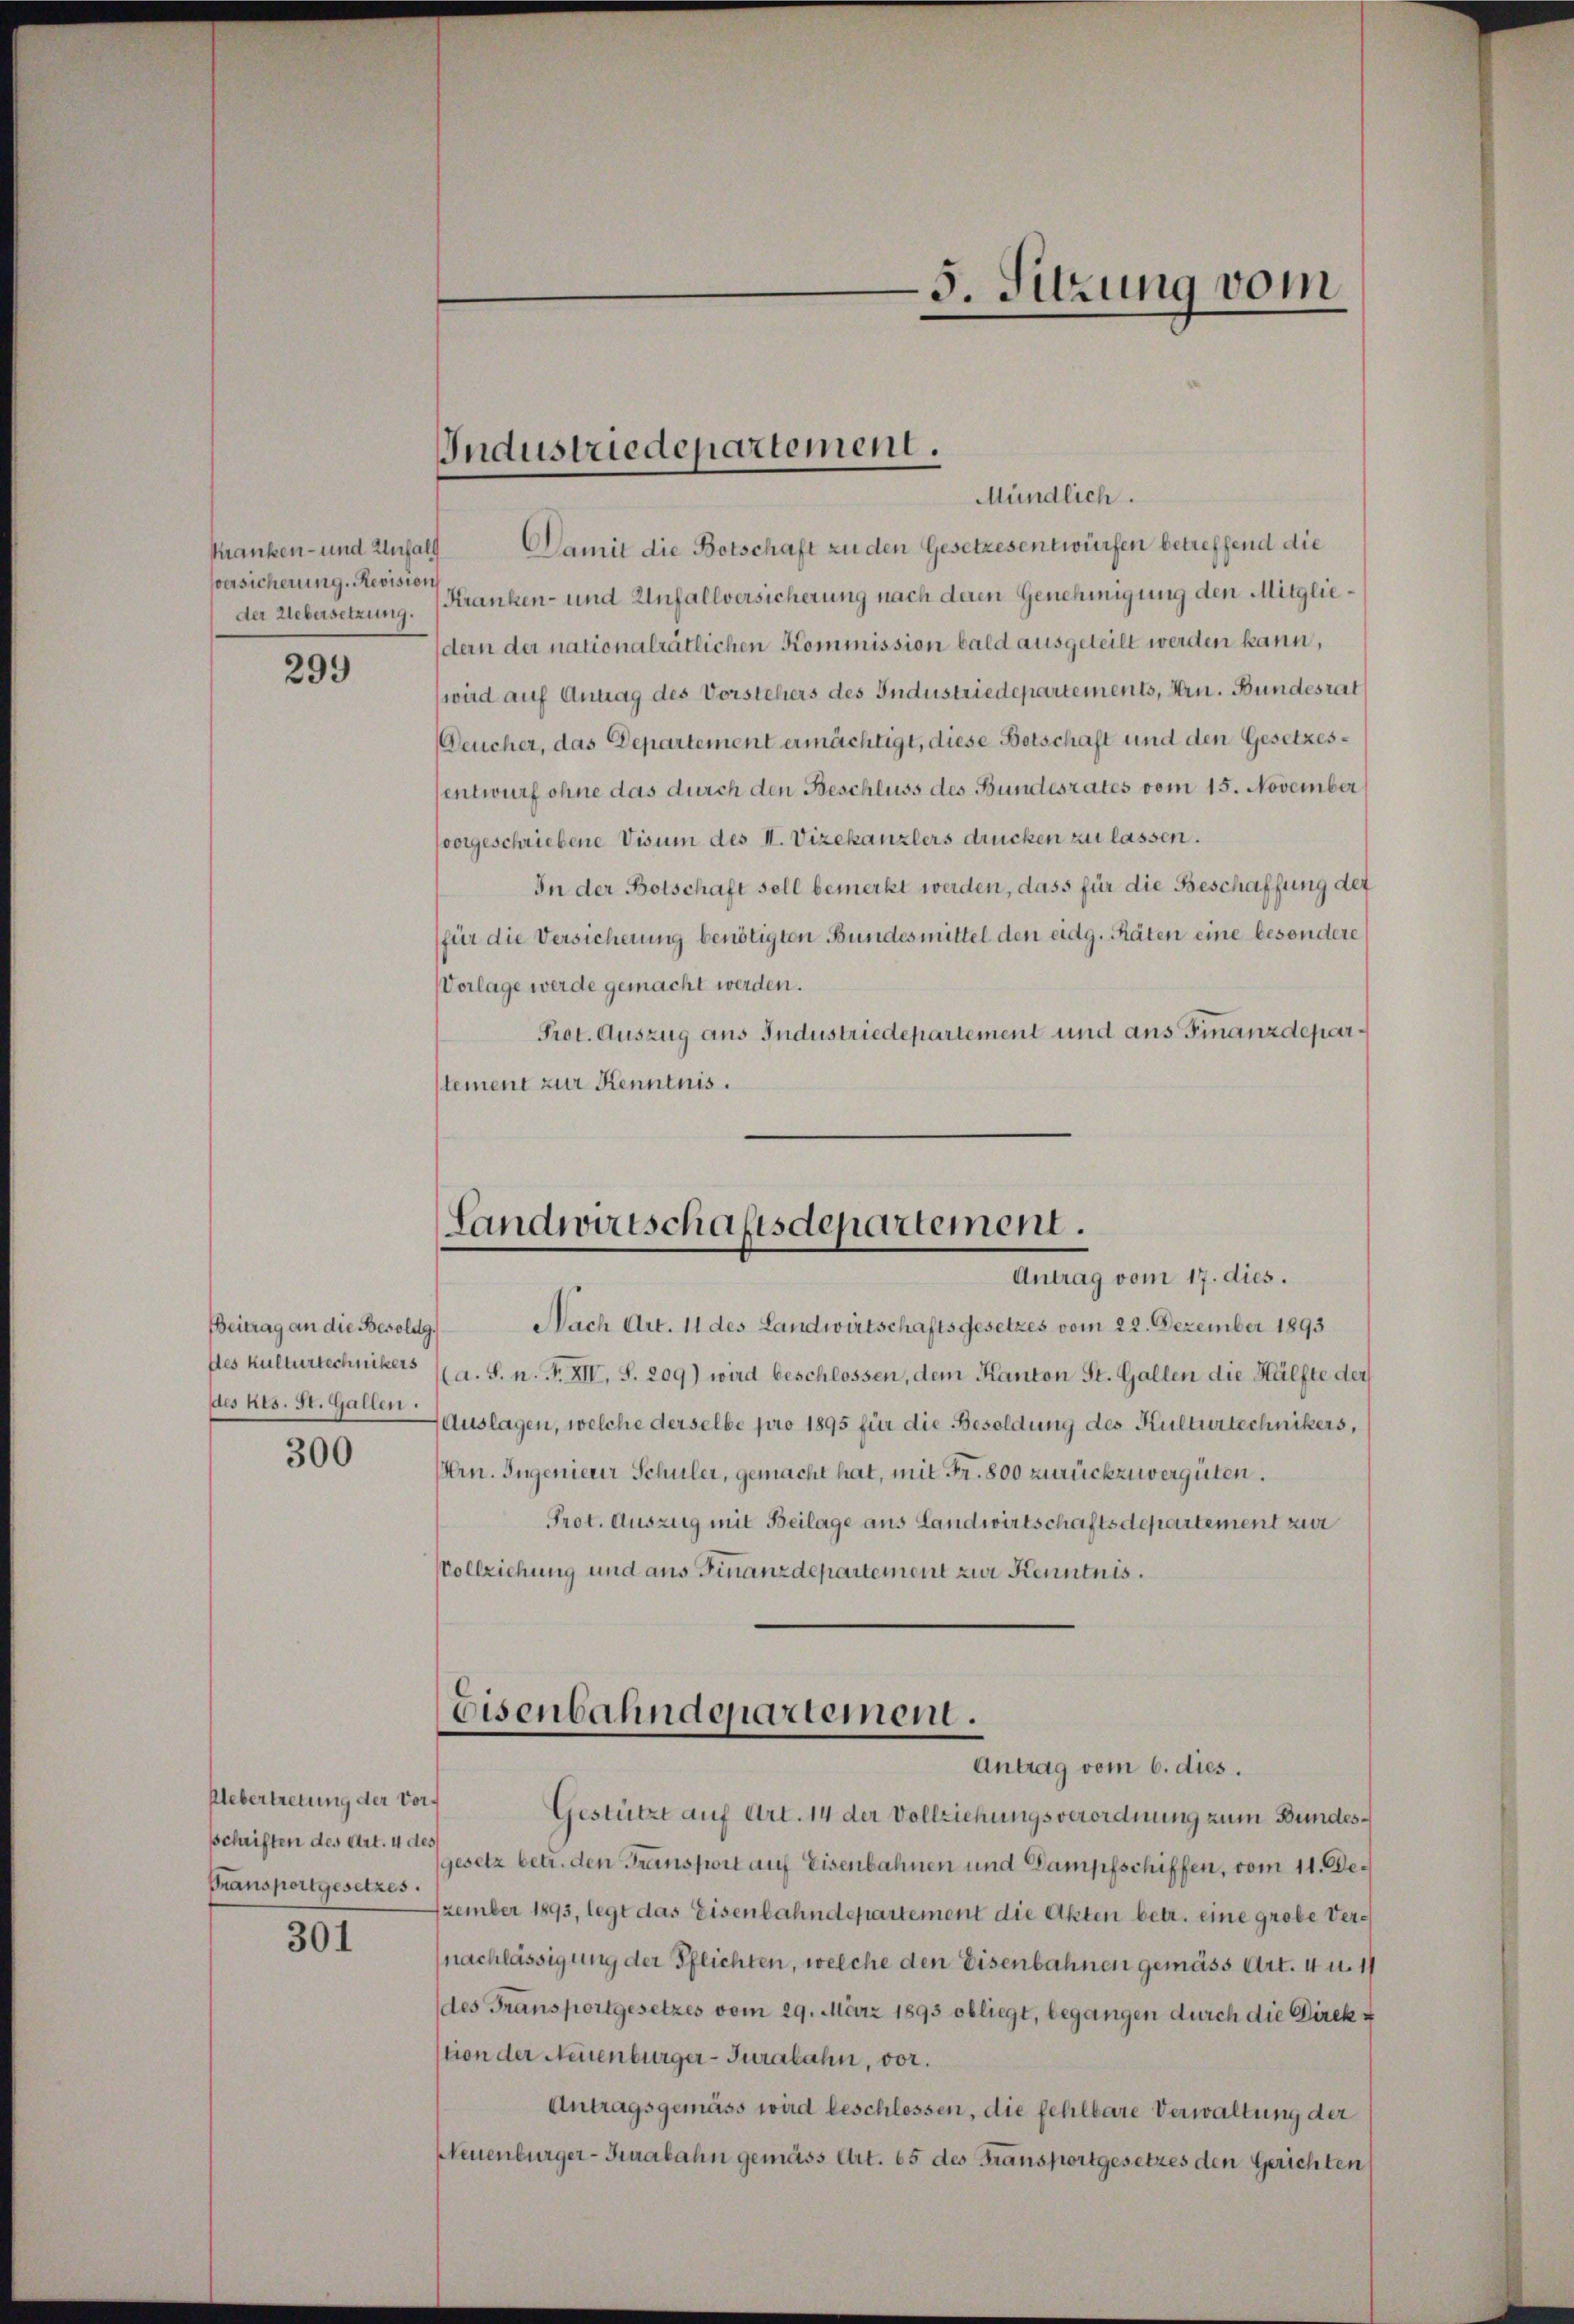
kranken- und Unfall
Versicherung. Revision

299

Beitrag an die Besoldg
des Kulturtechnikers
des Res. St. Gallen.

300

Uebertretung der Vorschriften des Art. 4 des
Transportgesetzes.

301

Damit die Botschaft zu den Gesetzesentwürfen betreffend die
der Uebersetzung. (Kranken- und Unfallversicherung nach deren Genehmigung den Mitgliedern der nationalrätlichen Kommission bald ausgeteilt werden kann,
(wird auf Antrag des Vorstehers des Industriedepartements, Hrn. Bundesrat
Deucher, das Departement ermächtigt, diese Betschaft und den Gesetzesentwurf ohne das durch den Beschluss des Bundesrates vom 15. November
svorgeschriebene Visum des II. Vizekanzlers drücken zu lassen.
In der Botschaft soll bemerkt werden, dass für die Beschaffung der
für die Versicherung benötigten Bundesmittel den eidg. Räten eine besondere
Vorlage werde gemacht werden.
Prot. Auszug aus Industriedepartement und aus Finanzdeparstement zur Kenntnis.

Industriedepartement.
“
Mündlich.

5. Sitzung vom

Landwirtschaftsdepartement.
Antrag vom 17. dies.

Nach Art. 11 des Landwirtschaftsgesetzes vom 22. Dezember 1893
(a. S. n. F. XIV, S. 209) wird beschlossen, dem Kanton St. Gallen die Hälfte der
Auslagen, welche derselbe pro 1895 für die Besoldung des Kulturtechnikers,
Arn. Ingenieur Schuler, gemacht hat, mit Fr. 800 zurückzuvergüten.
Prot. Auszug mit Beilage aus Landwirtschaftsdepartement zur
Vollziehung und aus Finanzdepartement zur Kenntnis.

Eisenbahndepartemen.
Antrag vom 6. dies.

Gestützt auf Art. 14 der Vollziehungsverordnung zum Bundesgesetz betr. den Transport auf Eisenbahnen und Dampfschiffen, vom 11. Dezember 1893, legt das Eisenbahndepartement die Akten betr. eine grobe Vernachlässigung der Pflichten, welche den Eisenbahnen gemäss Art. 4 u. 11
(des Fransportgesetzes vom 29. März 1893 obliegt, begangen durch die Direkstion der Neuenburger-Turabahn, vor.
Antragsgemäss wird beschlossen, die fehlbare Verwaltung der
Neuenburger-Turabahn gemäss Art. 65 des Fransportgesetzes den Gerichten,